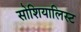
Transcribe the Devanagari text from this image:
सोशियालिस्ट